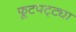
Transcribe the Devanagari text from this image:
फूटपट्ट्या